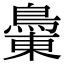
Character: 𪂝